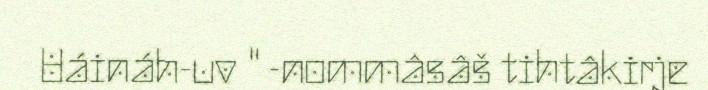
Uáináh-uv " -nommâsâš tihtâkirje